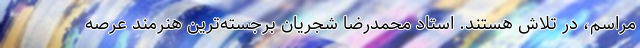
مراسم، در تلاش هستند. استاد محمدرضا شجریان برجسته‌ترین هنرمند عرصه